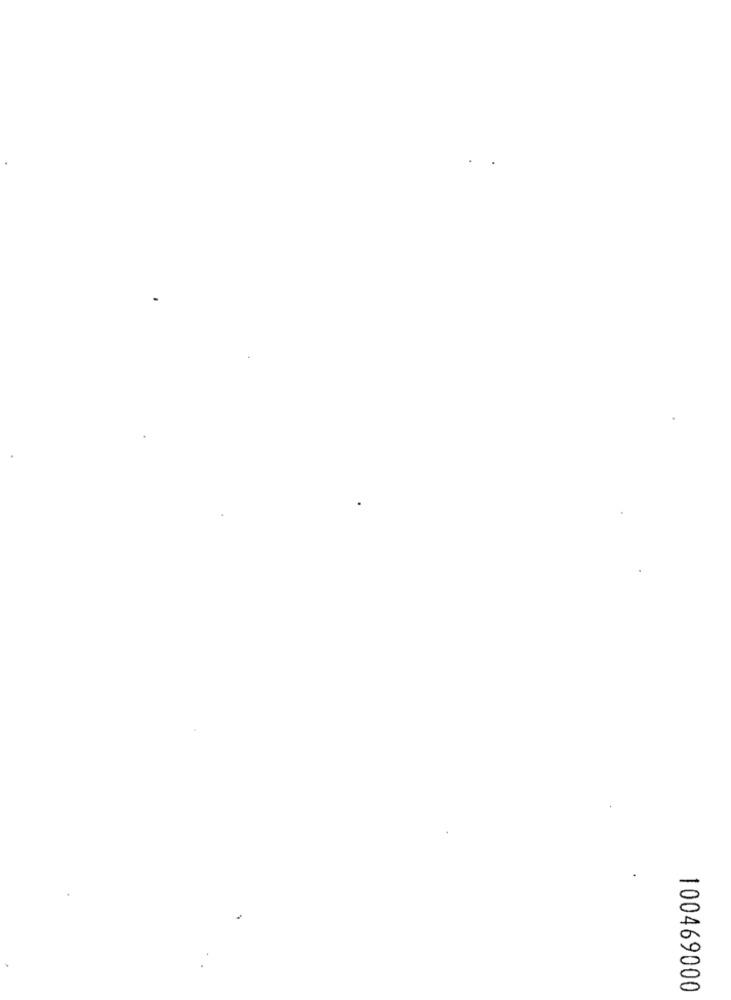
100469000